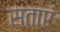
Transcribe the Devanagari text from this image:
सताएं